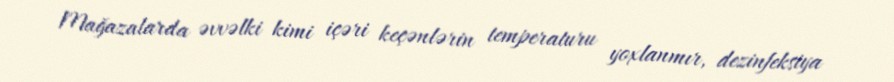
Mağazalarda əvvəlki kimi içəri keçənlərin temperaturu yoxlanmır, dezinfeksiya